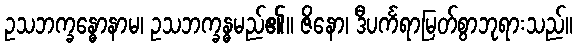
ဥသဘက္ခန္ဓောနာမ၊ ဥသဘက္ခန္ဓမည်၏။ ဇိနော၊ ဒီပင်္ကရာမြတ်စွာဘုရားသည်။